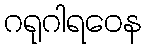
ဂရုဂါရဝေန